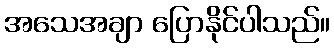
အသေအချာ ပြောနိုင်ပါသည်။